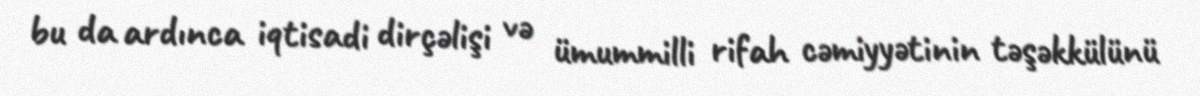
bu da ardınca iqtisadi dirçəlişi və ümummilli rifah cəmiyyətinin təşəkkülünü